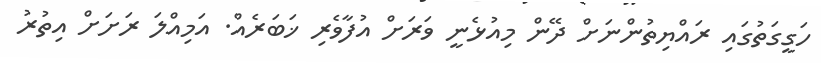
ހަގީގަތުގައި ރައްޔިތުންނަށް ދޭން މިއުޅެނީ ވަރަށް އުފާވެރި ޚަބަރެއް. އަމިއްލަ ރަށަށް އިތުރު